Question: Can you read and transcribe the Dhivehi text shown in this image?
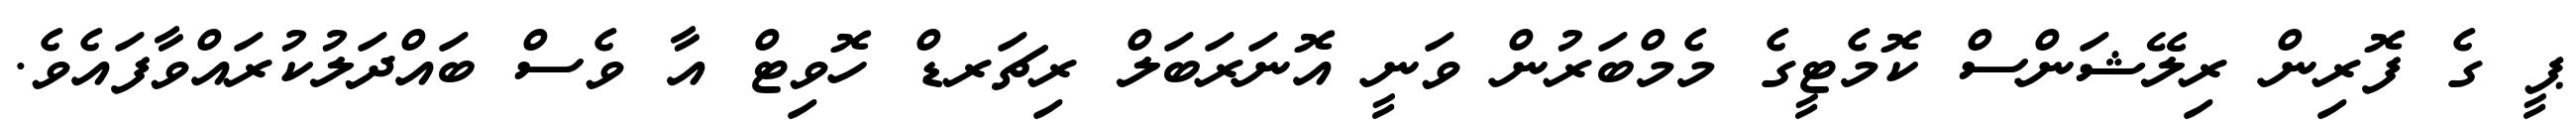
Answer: ޕީ ގެ ފޮރިން ރިލޭޝަންސް ކޮމެޓީގެ މެމްބަރުން ވަނީ އޮނަރަބަލް ރިޗަރޑް ހޮވިޓް އާ ވެސް ބައްދަލުކުރައްވާފައެވެ.